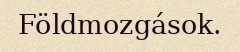
Földmozgások.